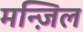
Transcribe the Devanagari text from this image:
मन्ज़िल